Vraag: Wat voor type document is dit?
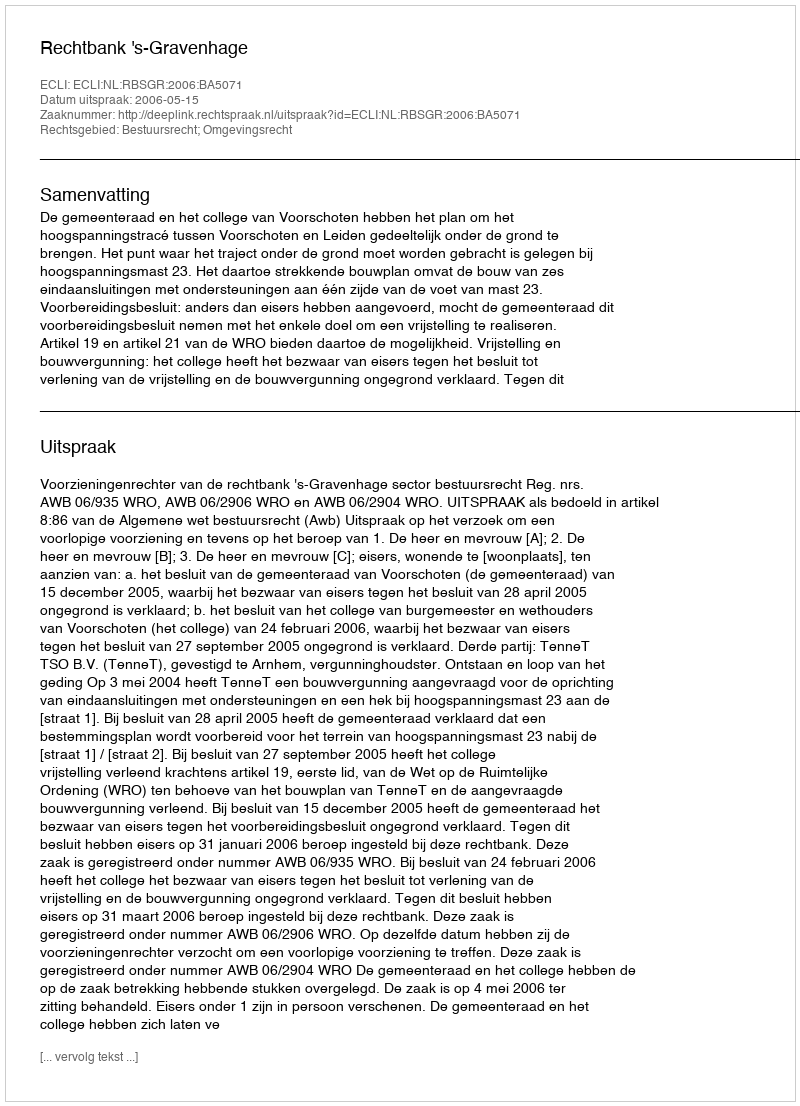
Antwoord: Uitspraak